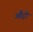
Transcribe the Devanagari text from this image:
औट्रो